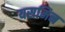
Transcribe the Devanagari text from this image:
यसमिन